Insane asylums in Bengal annual reports 1867-1875 - 1867-1875
Year: 1867
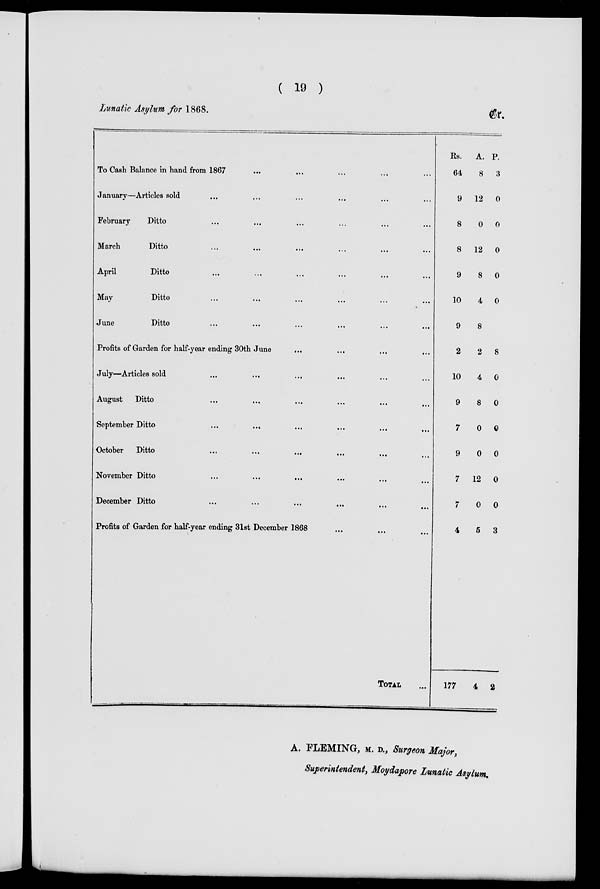
( 19 )
Lunatic Asylum for 1868.
Cr.
To Cash Balance in hand from 1867 ... ... ... ... ...
January—Articles sold ... ... ... ... ...
February
Ditto ... ... ... ... ...
March
Ditto ... ... ... ... ...
April
Ditto ... ... ... ... ...
May
Ditto ... ... ... ... ...
June
Ditto ... ... ... ... ...
Profits of Garden for half-year ending 30th June ... ...
July—Articles sold ... ... ... ... ...
August Ditto ... ... ... ... ...
September Ditto ... ... ... ... ...
October Ditto ... ... ... ... ...
November Ditto
... ...
...
...
December Ditto ... ... ... ... ...
Profits of Garden for half-year ending 31st December 1868
TOTAL ...
Rs.
64
9
8
8
9
10
9
2
10
9
7
9
7
7
4
177
A.
8
12
0
12
8
4
8
2
4
8
0
0
12
0
5
4
P.
3
0
0
0
0
0
8
0
0
0
0
0
0
3
2
A. FLEMING, M. D., Surgeon Major,
Superintendent, Moydapore Lunatic Asylum.